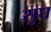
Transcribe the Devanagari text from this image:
सुघ